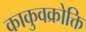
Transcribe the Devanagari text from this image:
काकुवक्रोक्ति